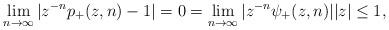
LaTeX: \begin{align*} \lim_{n\to\infty}|z^{-n}p_+(z,n)-1|=0=\lim_{n\to\infty}|z^{-n}\psi_+(z,n)| |z|\le1,\end{align*}